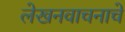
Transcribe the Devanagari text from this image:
लेखनवाचनाचे